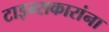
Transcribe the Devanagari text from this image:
टाइम्सकारांना